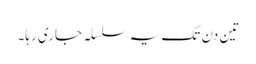
تین دن تک یہ سلسلہ جاری رہا۔